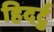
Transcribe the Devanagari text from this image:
हिदर्टु